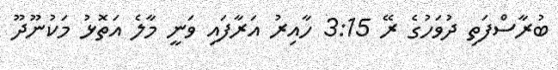
ބުރާސްފަތި ދުވަހުގެ ރޭ 3:15 ހާއިރު އަރާފައި ވަނީ މާލެ އަތޮޅު މަކުނޫދޫ